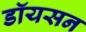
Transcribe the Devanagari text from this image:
डॉयसन